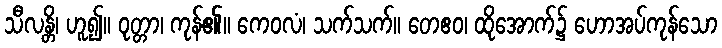
သီလန္တိ၊ ဟူ၍။ ဝုတ္တာ၊ ကုန်၏။ ကေဝလံ၊ သက်သက်။ တေဧဝ၊ ထိုအောက်၌ ဟောအပ်ကုန်သော